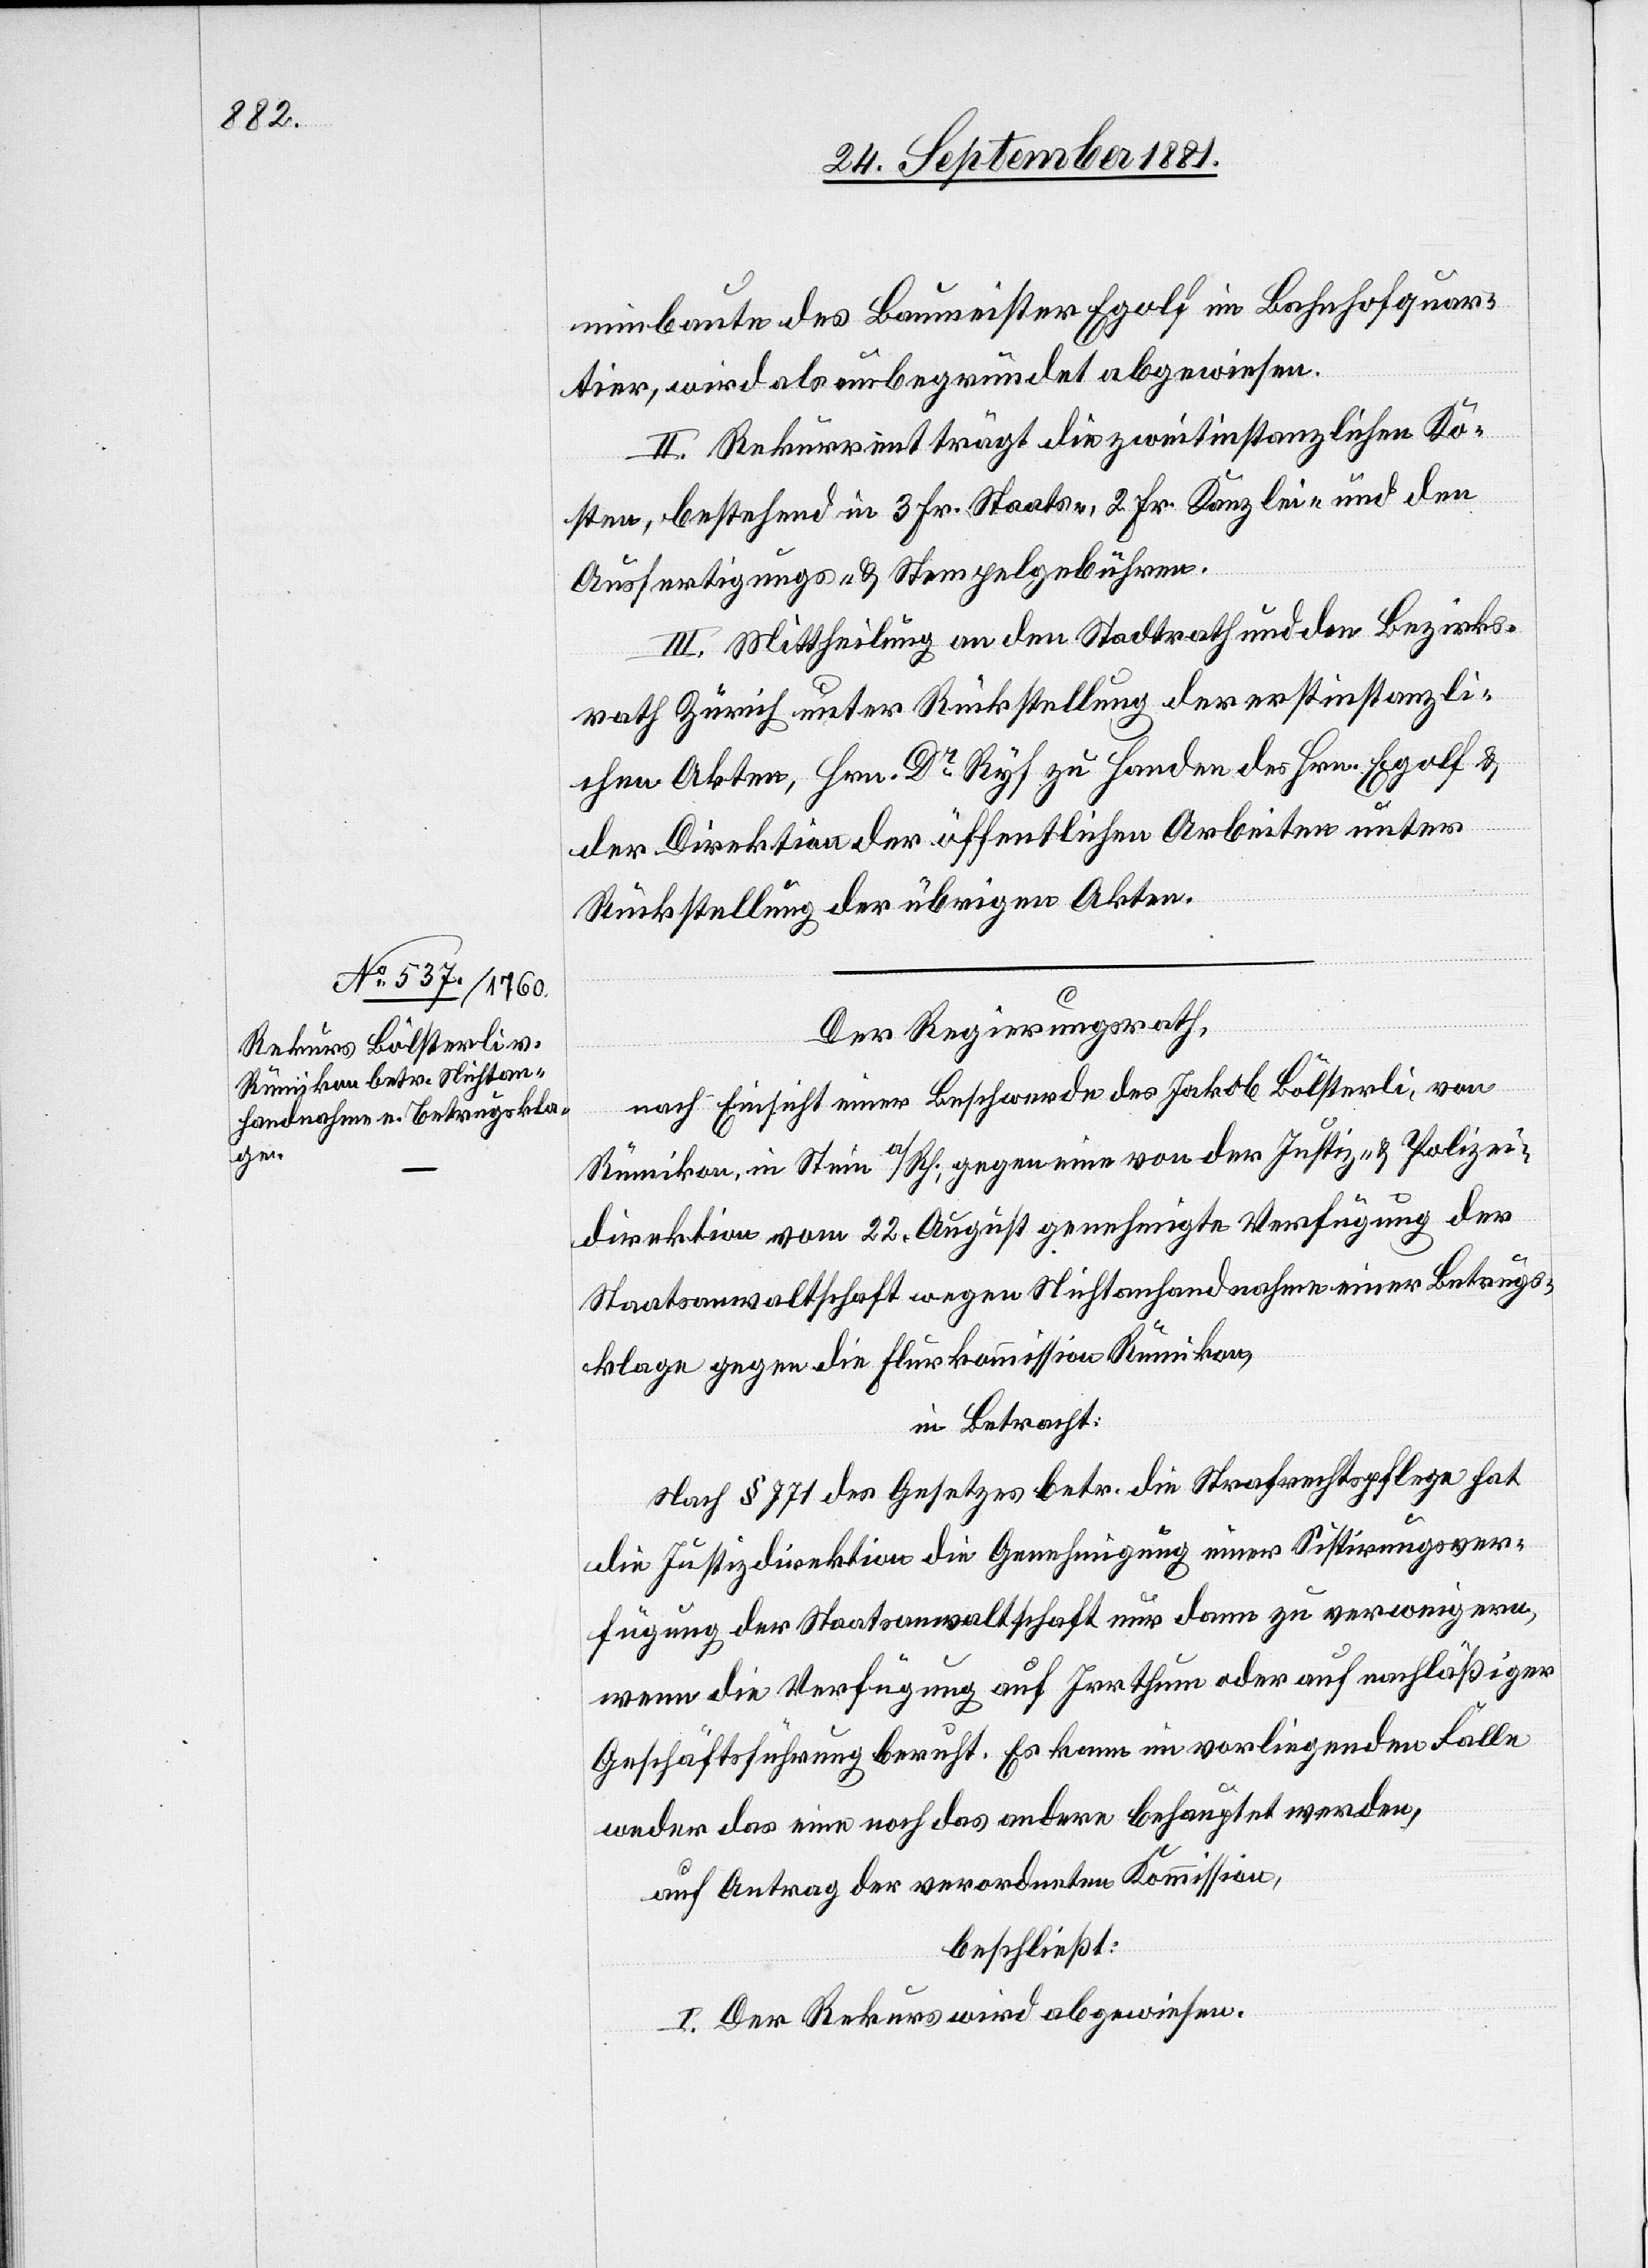
minbaute des Baumeister Egolf im Bahnhofquar¬
tier, wird als unbegründet abgewiesen.
II. Rekurrent trägt die zweitinstanzlichen Ko¬
sten, bestehend in 3. Fr. Staats-, 2. Fr. Kanzlei- und den
Ausfertigungs- & Stempelgebühren.
III. Mittheilung an den Stadtrath und den Bezirks¬
rath Zürich unter Rückstellung der erstinstanzli¬
chen Akten, Hrn. Dr Ryf zu Handen des Hrn. Egolf &
der Direktion der öffentlichen Arbeiten unter
Rückstellung der übrigen Akten.
Der Regierungsrath,
nach Einsicht einer Beschwere des Jakob Bölsterli, von
Rümikon, in Stein a/Rh., gegen eine von der Justiz- & Polizei¬
direktion vom 22. August genehmigte Verfügung der
Staatsanwaltschaft wegen Nichtanhandnahme einer Betrugs¬
klage gegen die Flurkommission Rümikon,
in Betracht:
Nach § 771 des Gesetzes betr. die Strafrechtspflege hat
die Justizdirektion die Genehmigung einer Sistirungsver¬
fügung der Staatsanwaltschaft nur dann zu verweigern,
wenn die Verfügung auf Irrthum oder auf nachläßiger
Geschäftsführung beruht. Es kann im vorliegenden Falle
weder das eine noch das andere behauptet werden,
auf Antrag der verordneten Kommission,
beschließt:
I. Der Rekurs wird abgewiesen.